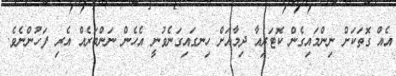
އެއް ގޮތަކަށް ނިންމައިގެން ކޮޓަރިއާ ދިމާއަށް ހިނގައިގަނެވުނީ އެހެން ނަންބަރެއް އެރި ފަހުންނެވެ.